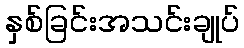
နှစ်ခြင်းအသင်းချုပ်